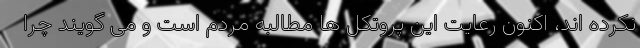
نکرده اند، اکنون رعایت این پروتکل ها مطالبه مردم است و می گویند چرا